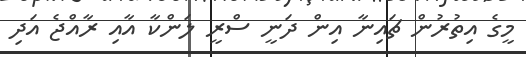
މީގެ އިތުރުން ޗައިނާ އިން ދަނީ ސްރީ ލަންކާ އާއި ރާއްޖެ އަދި